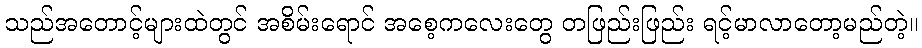
သည်အတောင့်များထဲတွင် အစိမ်းရောင် အစေ့ကလေးတွေ တဖြည်းဖြည်း ရင့်မာလာတော့မည်တဲ့။